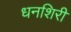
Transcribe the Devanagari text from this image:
धनशिरी